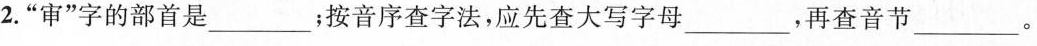
2. ”审”字的部首是___；按音序查字法，应先查大写字母___，再查音节___。